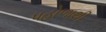
પહોળાથી